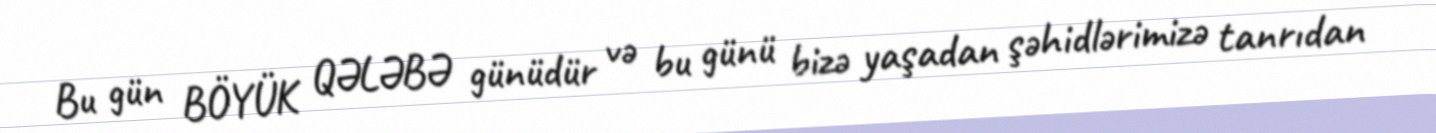
Bu gün BÖYÜK QƏLƏBƏ günüdür və bu günü bizə yaşadan şəhidlərimizə tanrıdan